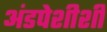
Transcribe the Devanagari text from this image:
अंडपेशीशी